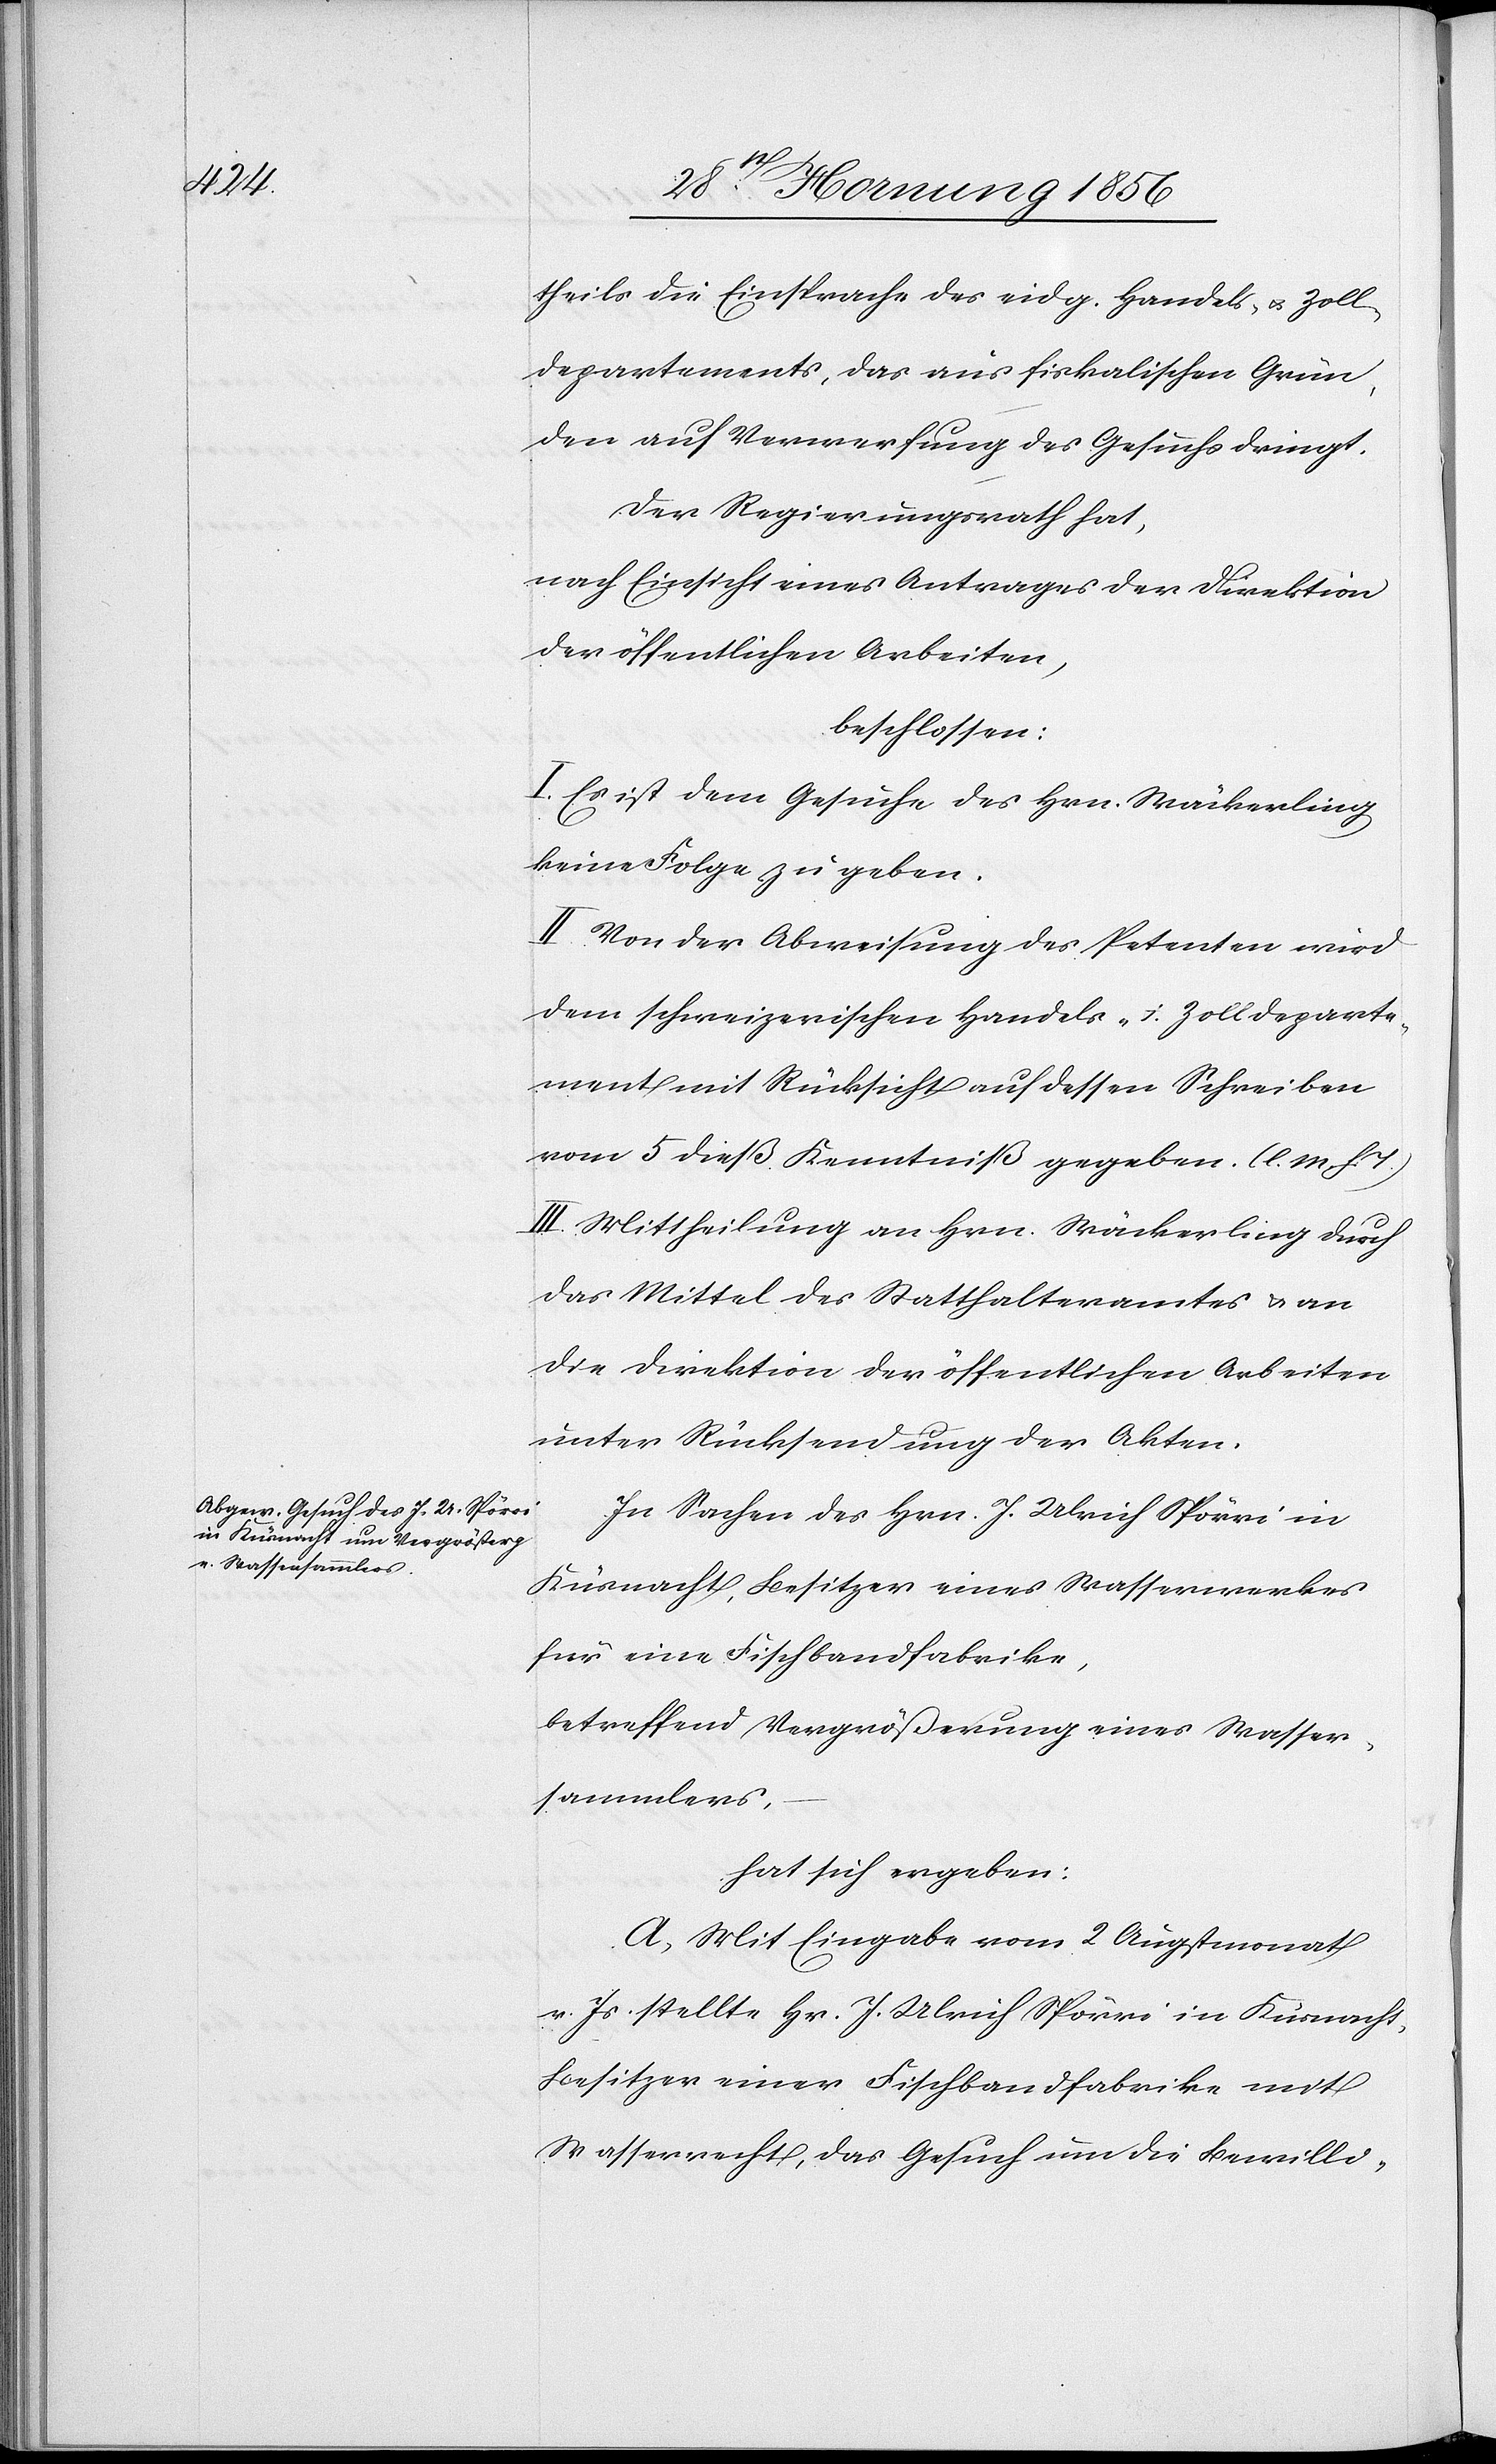
theils die Einsprache des eidg. Handels- u. Zoll¬
departements, das aus fiskalischen Grün¬
den auf Verwerfung des Gesuchs dringt.
Der Regierungsrath hat,
nach Einsicht eines Antrages der Direktion
der öffentlichen Arbeiten,
beschlossen:
I. Es ist dem Gesuche des Hrn. Wäckerling
keine Folge zu geben.
II. Von der Abweisung des Petenten wird
dem schweizerischen Handels- u. Zolldeparte¬
ment mit Rücksicht auf dessen Schreiben
vom 5 dieß. Kenntniß gegeben. (l. M. h. T.)
III. Mittheilung an Hrn. Wäckerling durch
das Mittel des Statthalteramtes u. an
die Direktion der öffentlichen Arbeiten
unter Rücksendung der Akten.
In Sachen des Hrn. J. Ulrich Spörri in
Küsnacht, Besitzer eines Wasserwerkes
für eine Fischbandfabrike,
betreffend Vergrößerung eines Wasser¬
sammlers,
hat sich ergeben:
[.], Mit Eingabe vom 2 Augustmonat
v. Js. stellte Hr. J. Ulrich Spörri in Küsnacht,
Besitzer einer Fischbandfabrike mit
Wasserrecht, das Gesuch um die Bewilli-